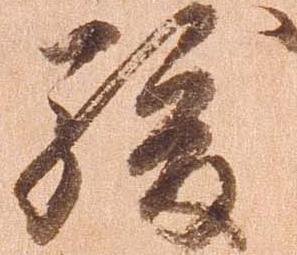
駿